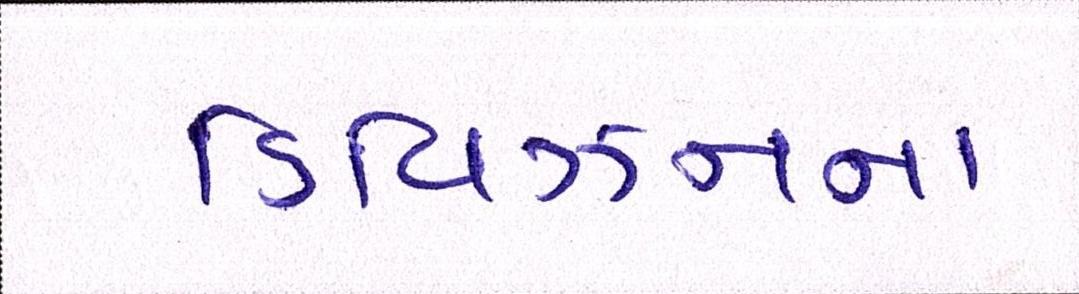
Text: ડિવિઝનના